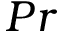
P r